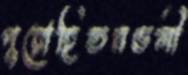
পুরোহিতমণ্ডলী